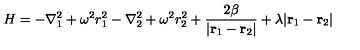
H = - \nabla _ { 1 } ^ { 2 } + \omega ^ { 2 } r _ { 1 } ^ { 2 } - \nabla _ { 2 } ^ { 2 } + \omega ^ { 2 } r _ { 2 } ^ { 2 } + { \frac { 2 \beta } { | { \bf r } _ { 1 } - { \bf r } _ { 2 } | } } + \lambda | { \bf r } _ { 1 } - { \bf r } _ { 2 } |